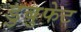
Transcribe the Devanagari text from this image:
डुबुफेट